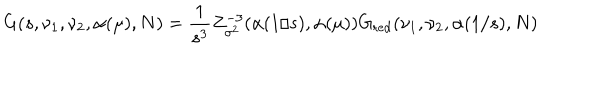
G ( s , \nu _ { 1 } , \nu _ { 2 } , \alpha ( \mu ) , N ) = { \frac { 1 } { s ^ { 3 } } } Z _ { \sigma ^ { 2 } } ^ { - 3 } ( \alpha ( 1 / s ) , \alpha ( \mu ) ) G _ { \mathrm { r e d } } ( \nu _ { 1 } , \nu _ { 2 } , \alpha ( 1 / s ) , N )